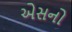
એસનો